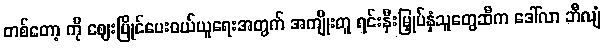
တစ်တော့ ကို ဈေးပြိုင်ပေးဝယ်ယူရေးအတွက် အကျိုးတူ ရင်းနှီးမြှုပ်နှံသူတွေဆီက ဒေါ်လာ ဘီလျံ